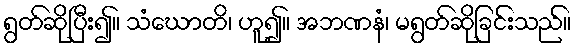
ရွတ်ဆိုပြီး၍။ သံဃောတိ၊ ဟူ၍။ အဘဏနံ၊ မရွတ်ဆိုခြင်းသည်။